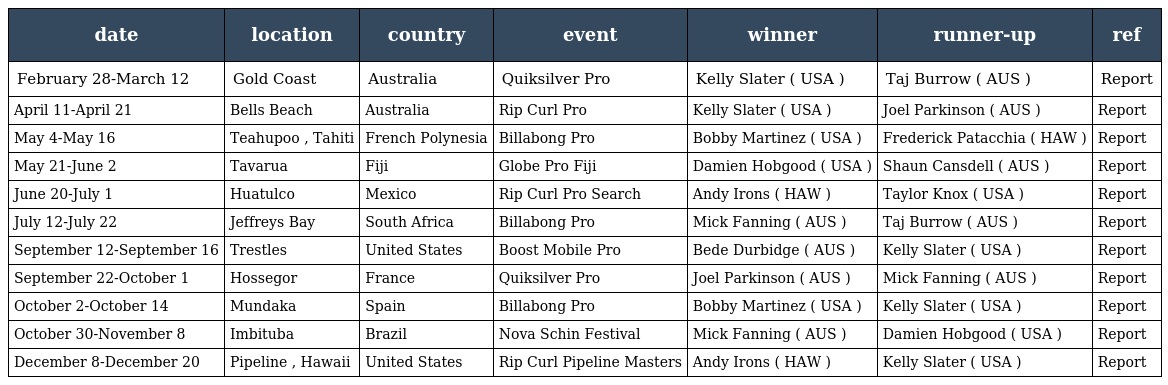
| date | location | country | event | winner | runner-up | ref |
 | --- | --- | --- | --- | --- | --- | --- |
 | February 28-March 12 | Gold Coast | Australia | Quiksilver Pro | Kelly Slater ( USA ) | Taj Burrow ( AUS ) | Report |
 | April 11-April 21 | Bells Beach | Australia | Rip Curl Pro | Kelly Slater ( USA ) | Joel Parkinson ( AUS ) | Report |
 | May 4-May 16 | Teahupoo , Tahiti | French Polynesia | Billabong Pro | Bobby Martinez ( USA ) | Frederick Patacchia ( HAW ) | Report |
 | May 21-June 2 | Tavarua | Fiji | Globe Pro Fiji | Damien Hobgood ( USA ) | Shaun Cansdell ( AUS ) | Report |
 | June 20-July 1 | Huatulco | Mexico | Rip Curl Pro Search | Andy Irons ( HAW ) | Taylor Knox ( USA ) | Report |
 | July 12-July 22 | Jeffreys Bay | South Africa | Billabong Pro | Mick Fanning ( AUS ) | Taj Burrow ( AUS ) | Report |
 | September 12-September 16 | Trestles | United States | Boost Mobile Pro | Bede Durbidge ( AUS ) | Kelly Slater ( USA ) | Report |
 | September 22-October 1 | Hossegor | France | Quiksilver Pro | Joel Parkinson ( AUS ) | Mick Fanning ( AUS ) | Report |
 | October 2-October 14 | Mundaka | Spain | Billabong Pro | Bobby Martinez ( USA ) | Kelly Slater ( USA ) | Report |
 | October 30-November 8 | Imbituba | Brazil | Nova Schin Festival | Mick Fanning ( AUS ) | Damien Hobgood ( USA ) | Report |
 | December 8-December 20 | Pipeline , Hawaii | United States | Rip Curl Pipeline Masters | Andy Irons ( HAW ) | Kelly Slater ( USA ) | Report |